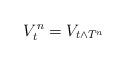
LaTeX: \begin{align*} V_t^n = V_{t \wedge T^n}\end{align*}